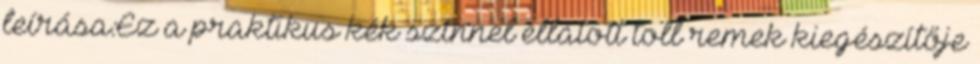
leírása:Ez a praktikus kék színnel ellátott toll remek kiegészítője